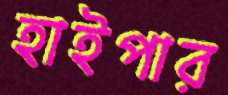
হাইপার